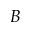
\boldsymbol { B }